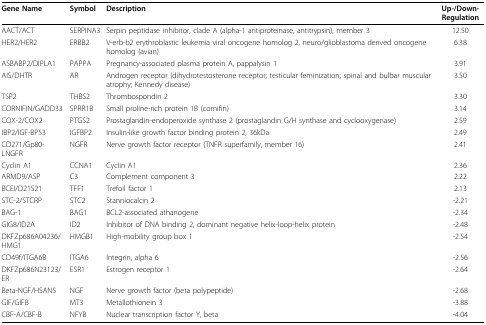
<table><thead><tr><td><b>Gene Name</b></td><td><b>Symbol</b></td><td><b>Description</b></td><td><b>Up-/Down-Regulation</b></td></tr></thead><tbody><tr><td>AACT/ACT</td><td>SERPINA3</td><td>Serpin peptidase inhibitor, clade A (alpha-1 antiproteinase, antitrypsin), member 3</td><td>12.50</td></tr><tr><td>HER2/HER2</td><td>ERBB2</td><td>V-erb-b2 erythroblastic leukemia viral oncogene homolog 2, neuro/glioblastoma derived oncogene homolog (avian)</td><td>6.38</td></tr><tr><td>ASBABP2/DIPLA1</td><td>PAPPA</td><td>Pregnancy-associated plasma protein A, pappalysin 1</td><td>3.91</td></tr><tr><td>AIS/DHTR</td><td>AR</td><td>Androgen receptor (dihydrotestosterone receptor; testicular feminization; spinal and bulbar muscular atrophy; Kennedy disease)</td><td>3.50</td></tr><tr><td>TSP2</td><td>THBS2</td><td>Thrombospondin 2</td><td>3.30</td></tr><tr><td>CORNIFIN/GADD33</td><td>SPRR1B</td><td>Small proline-rich protein 1B (cornifin)</td><td>3.14</td></tr><tr><td>COX-2/COX2</td><td>PTGS2</td><td>Prostaglandin-endoperoxide synthase 2 (prostaglandin G/H synthase and cyclooxygenase)</td><td>2.59</td></tr><tr><td>IBP2/IGF-BP53</td><td>IGFBP2</td><td>Insulin-like growth factor binding protein 2, 36kDa</td><td>2.49</td></tr><tr><td>CD271/Gp80-LNGFR</td><td>NGFR</td><td>Nerve growth factor receptor (TNFR superfamily, member 16)</td><td>2.41</td></tr><tr><td>Cyclin A1</td><td>CCNA1</td><td>Cyclin A1</td><td>2.36</td></tr><tr><td>ARMD9/ASP</td><td>C3</td><td>Complement component 3</td><td>2.22</td></tr><tr><td>BCEI/D21S21</td><td>TFF1</td><td>Trefoil factor 1</td><td>2.13</td></tr><tr><td>STC-2/STCRP</td><td>STC2</td><td>Stanniocalcin 2</td><td>-2.21</td></tr><tr><td>BAG-1</td><td>BAG1</td><td>BCL2-associated athanogene</td><td>-2.34</td></tr><tr><td>GIG8/ID2A</td><td>ID2</td><td>Inhibitor of DNA binding 2, dominant negative helix-loop-helix protein</td><td>-2.48</td></tr><tr><td>DKFZp686A04236/HMG1</td><td>HMGB1</td><td>High-mobility group box 1</td><td>-2.54</td></tr><tr><td>CD49f/ITGA6B</td><td>ITGA6</td><td>Integrin, alpha 6</td><td>-2.56</td></tr><tr><td>DKFZp686N23123/ER</td><td>ESR1</td><td>Estrogen receptor 1</td><td>-2.64</td></tr><tr><td>Beta-NGF/HSAN5</td><td>NGF</td><td>Nerve growth factor (beta polypeptide)</td><td>-2.68</td></tr><tr><td>GIF/GIFB</td><td>MT3</td><td>Metallothionein 3</td><td>-3.88</td></tr><tr><td>CBF-A/CBF-B</td><td>NFYB</td><td>Nuclear transcription factor Y, beta</td><td>-4.04</td></tr></tbody></table>